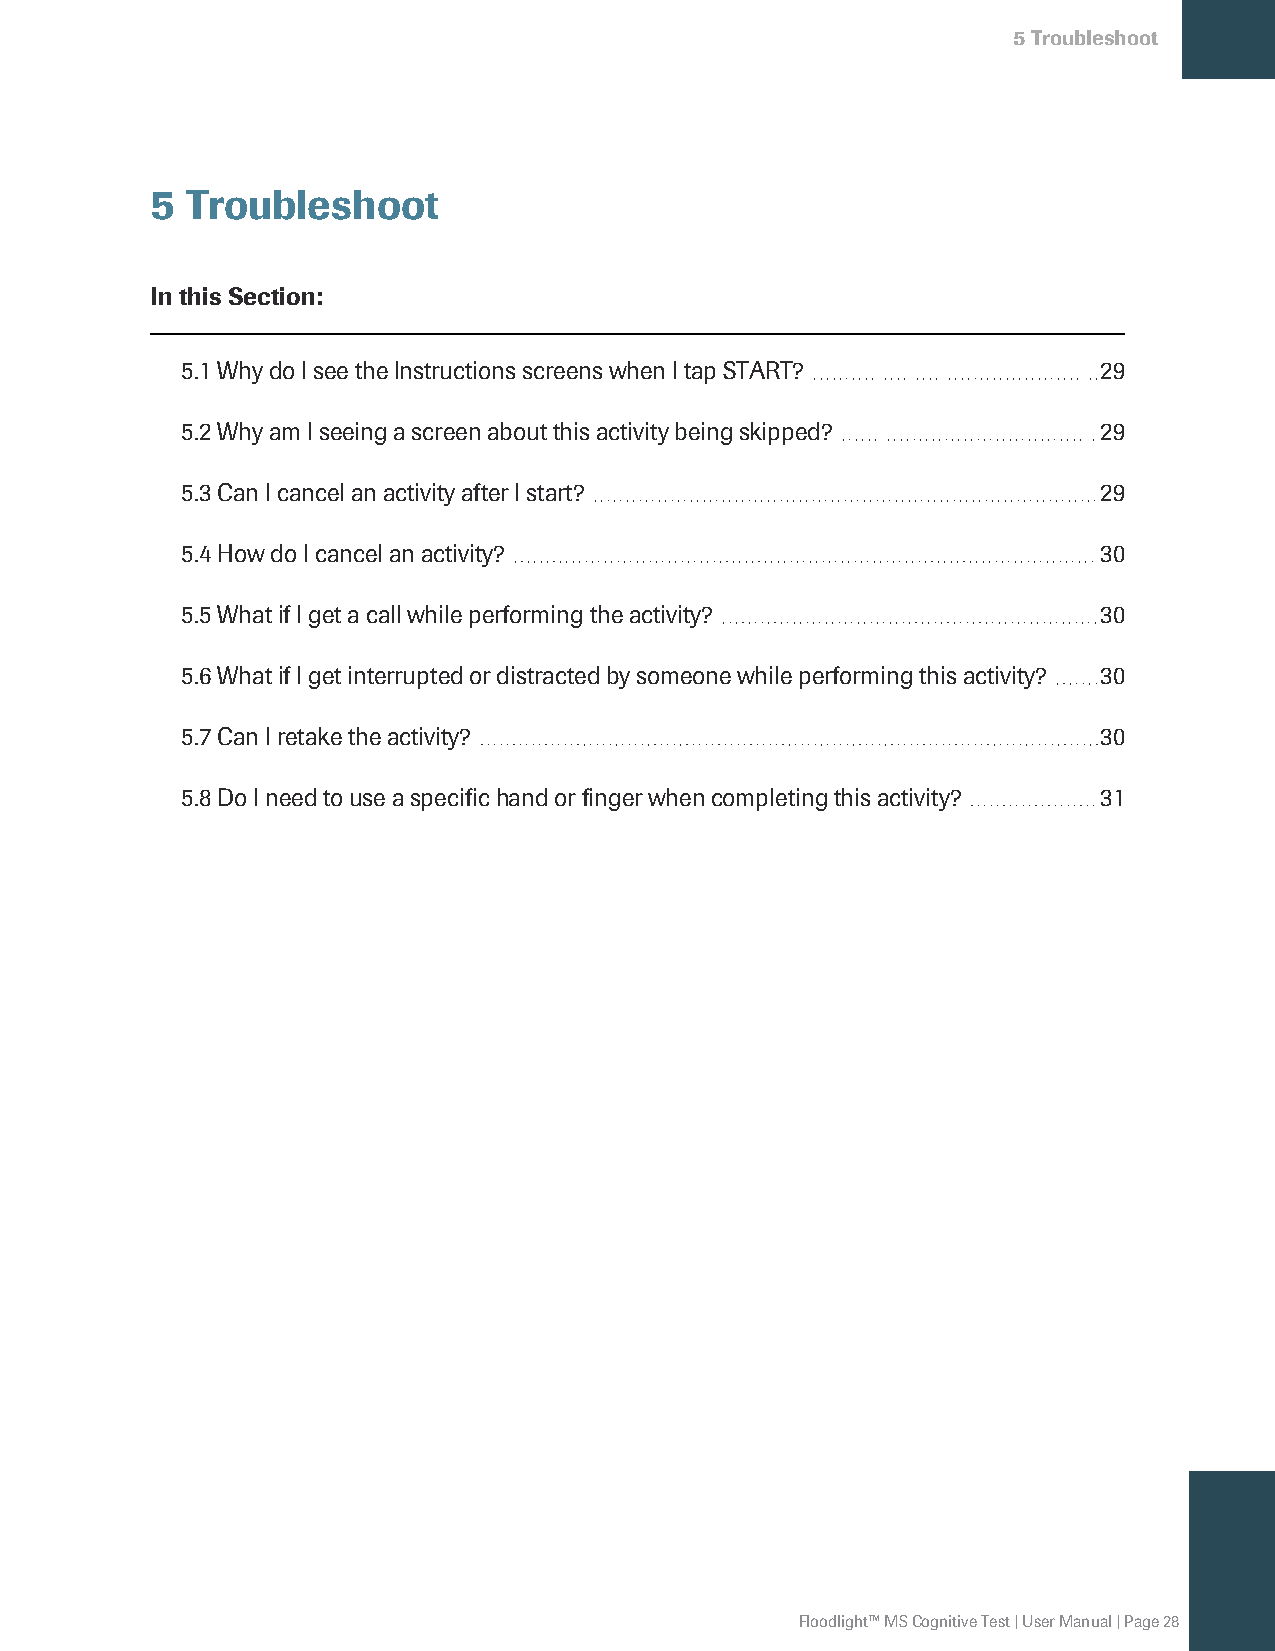
5Troubleshoot
 5 Troubleshoot
 In this Section:
 5.1WhydoIseetheInstructionsscreenswhenItapSTART?             29
 5.2WhyamIseeingascreenaboutthisactivitybeingskipped?         29
 5.3CanIcancelanactivityafterIstart?                          29
 5.4HowdoIcancelanactivity?                                   30
 5.5WhatifIgetacallwhileperformingtheactivity?                30
 5.6WhatifIgetinterruptedordistractedbysomeonewhileperformingthisactivity? 30
 5.7CanIretaketheactivity?                                    30
 5.8DoIneedtouseaspecifichandorfingerwhencompletingthisactivity? 31
 Floodlight™MSCognitiveTest|UserManual|Page28